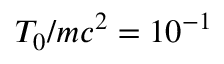
T _ { 0 } / m c ^ { 2 } = 1 0 ^ { - 1 }